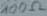
Text: 200Ω